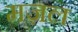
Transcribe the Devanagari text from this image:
मज़ल